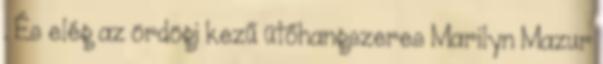
. És elég az ördögi kezű ütőhangszeres Marilyn Mazur